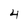
Character: 4